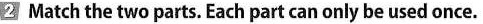
2 Match the two parts. Each part can only be used once.